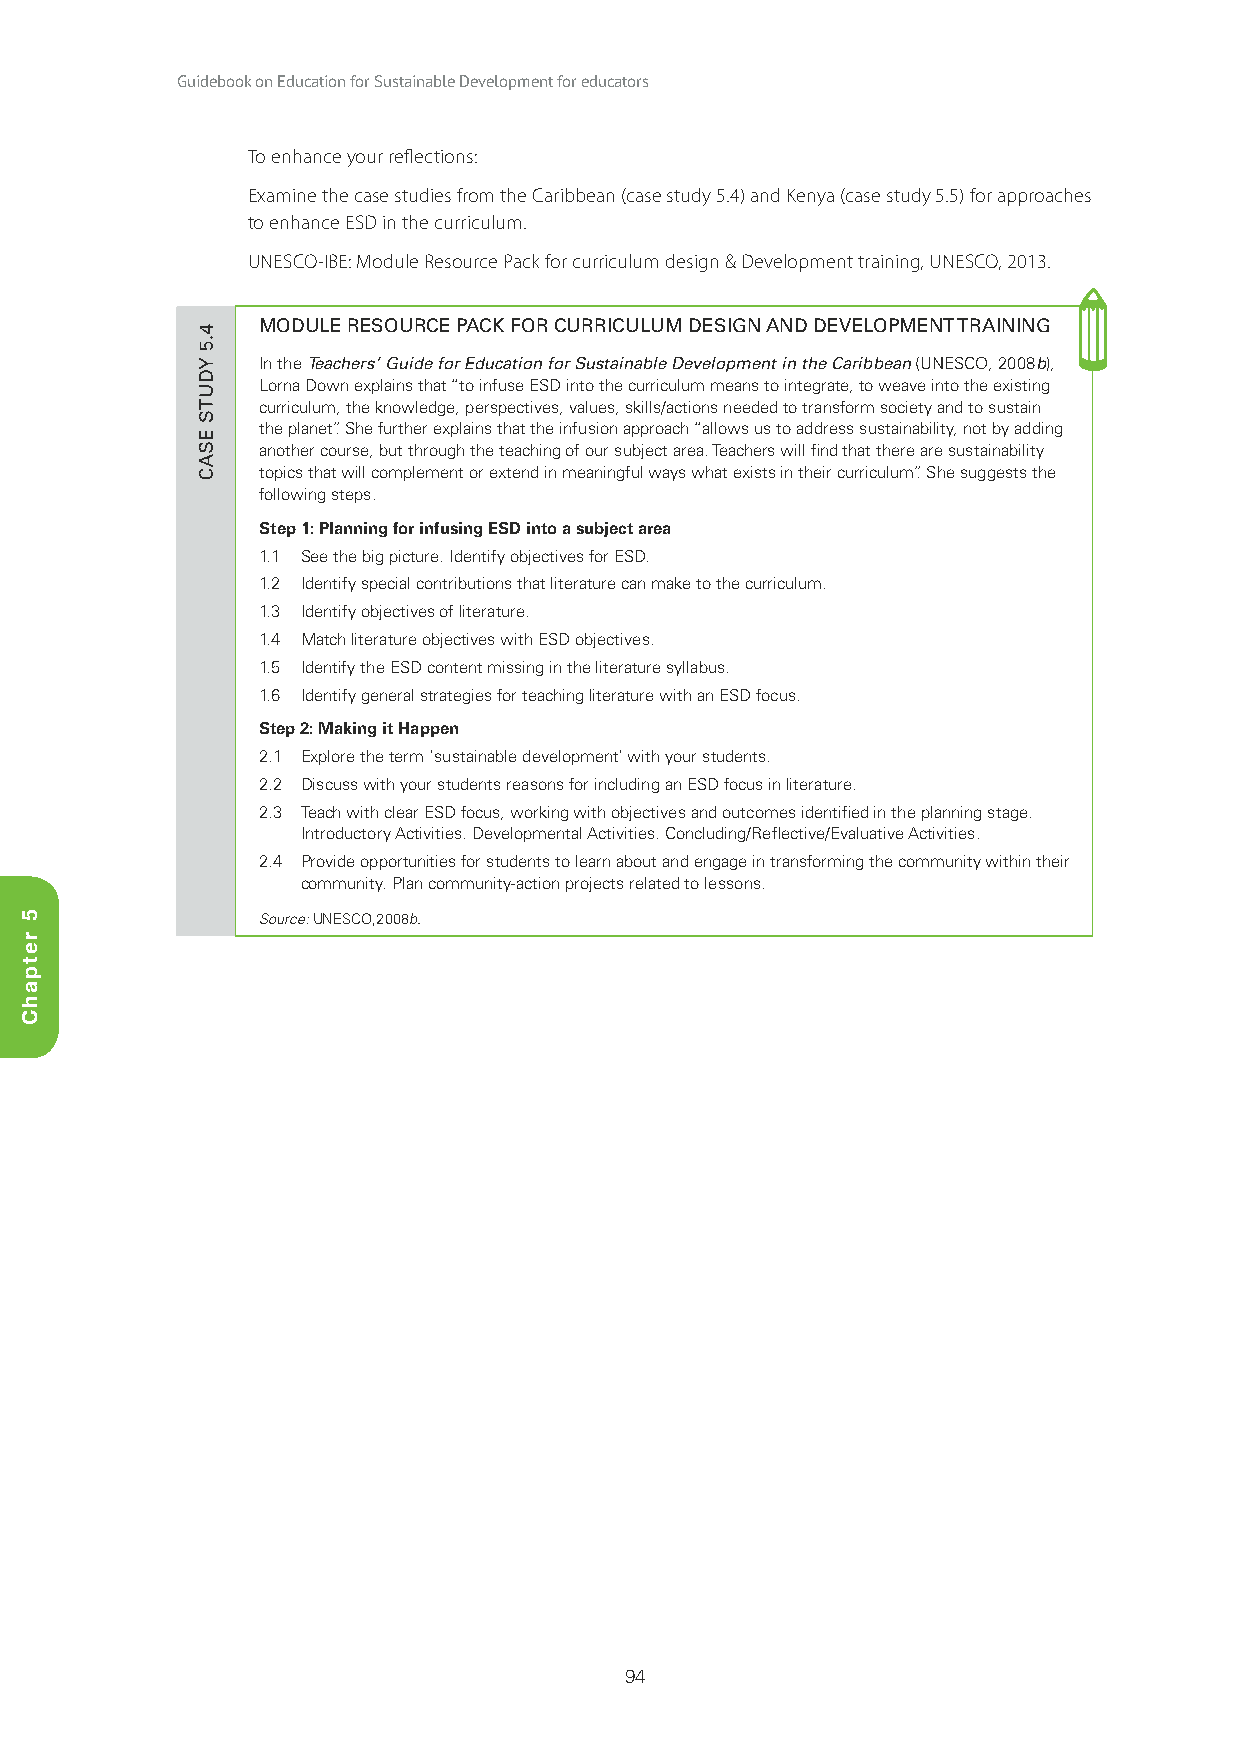
Guidebook on Education for Sustainable Development for educators
 To enhance your reflections:
 Examine the case studies from the Caribbean (case study 5.4) and Kenya (case study 5.5) for approaches
 to enhance ESD in the curriculum.
 UNESCO-IBE: Module Resource Pack for curriculum design & Development training, UNESCO, 2013.
 MODULE RESOURCE PACK FOR CURRICULUM DESIGN AND DEVELOPMENT TRAINING
 In the Teachers’ Guide for Education for Sustainable Development in the Caribbean (UNESCO, 2008b),
 Lorna Down explains that “to infuse ESD into the curriculum means to integrate, to weave into the existing
 curriculum, the knowledge, perspectives, values, skills/actions needed to transform society and to sustain
 the planet”. She further explains that the infusion approach “allows us to address sustainability, not by adding
 another course, but through the teaching of our subject area. Teachers will find that there are sustainability
 topics that will complement or extend in meaningful ways what exists in their curriculum”. She suggests the
 following steps.
 Step 1: Planning for infusing ESD into a subject area
 1.1 See the big picture. Identify objectives for ESD.
 1.2 Identify special contributions that literature can make to the curriculum.
 1.3 Identify objectives of literature.
 1.4 Match literature objectives with ESD objectives.
 1.5 Identify the ESD content missing in the literature syllabus.
 1.6 Identify general strategies for teaching literature with an ESD focus.
 Step 2: Making it Happen
 2.1 Explore the term ‘sustainable development’ with your students.
 2.2 Discuss with your students reasons for including an ESD focus in literature.
 2.3 Teach with clear ESD focus, working with objectives and outcomes identified in the planning stage.
 Introductory Activities. Developmental Activities. Concluding/Reflective/Evaluative Activities.
 2.4 Provide opportunities for students to learn about and engage in transforming the community within their
 community. Plan community-action projects related to lessons.
 Source: UNESCO,2008b.
 94
 5
 retpahC
 4.5
 YDUTS
 ESAC